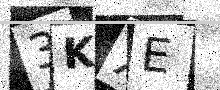
Text: 3KXE